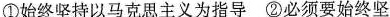
①始终坚持以马克思主义为指导 ②必须要始终坚